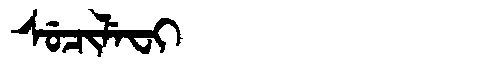
Manchu: ᠰᡠᠴᡳᠯᡝᠸᡳ
Romanization: SUCILEFI